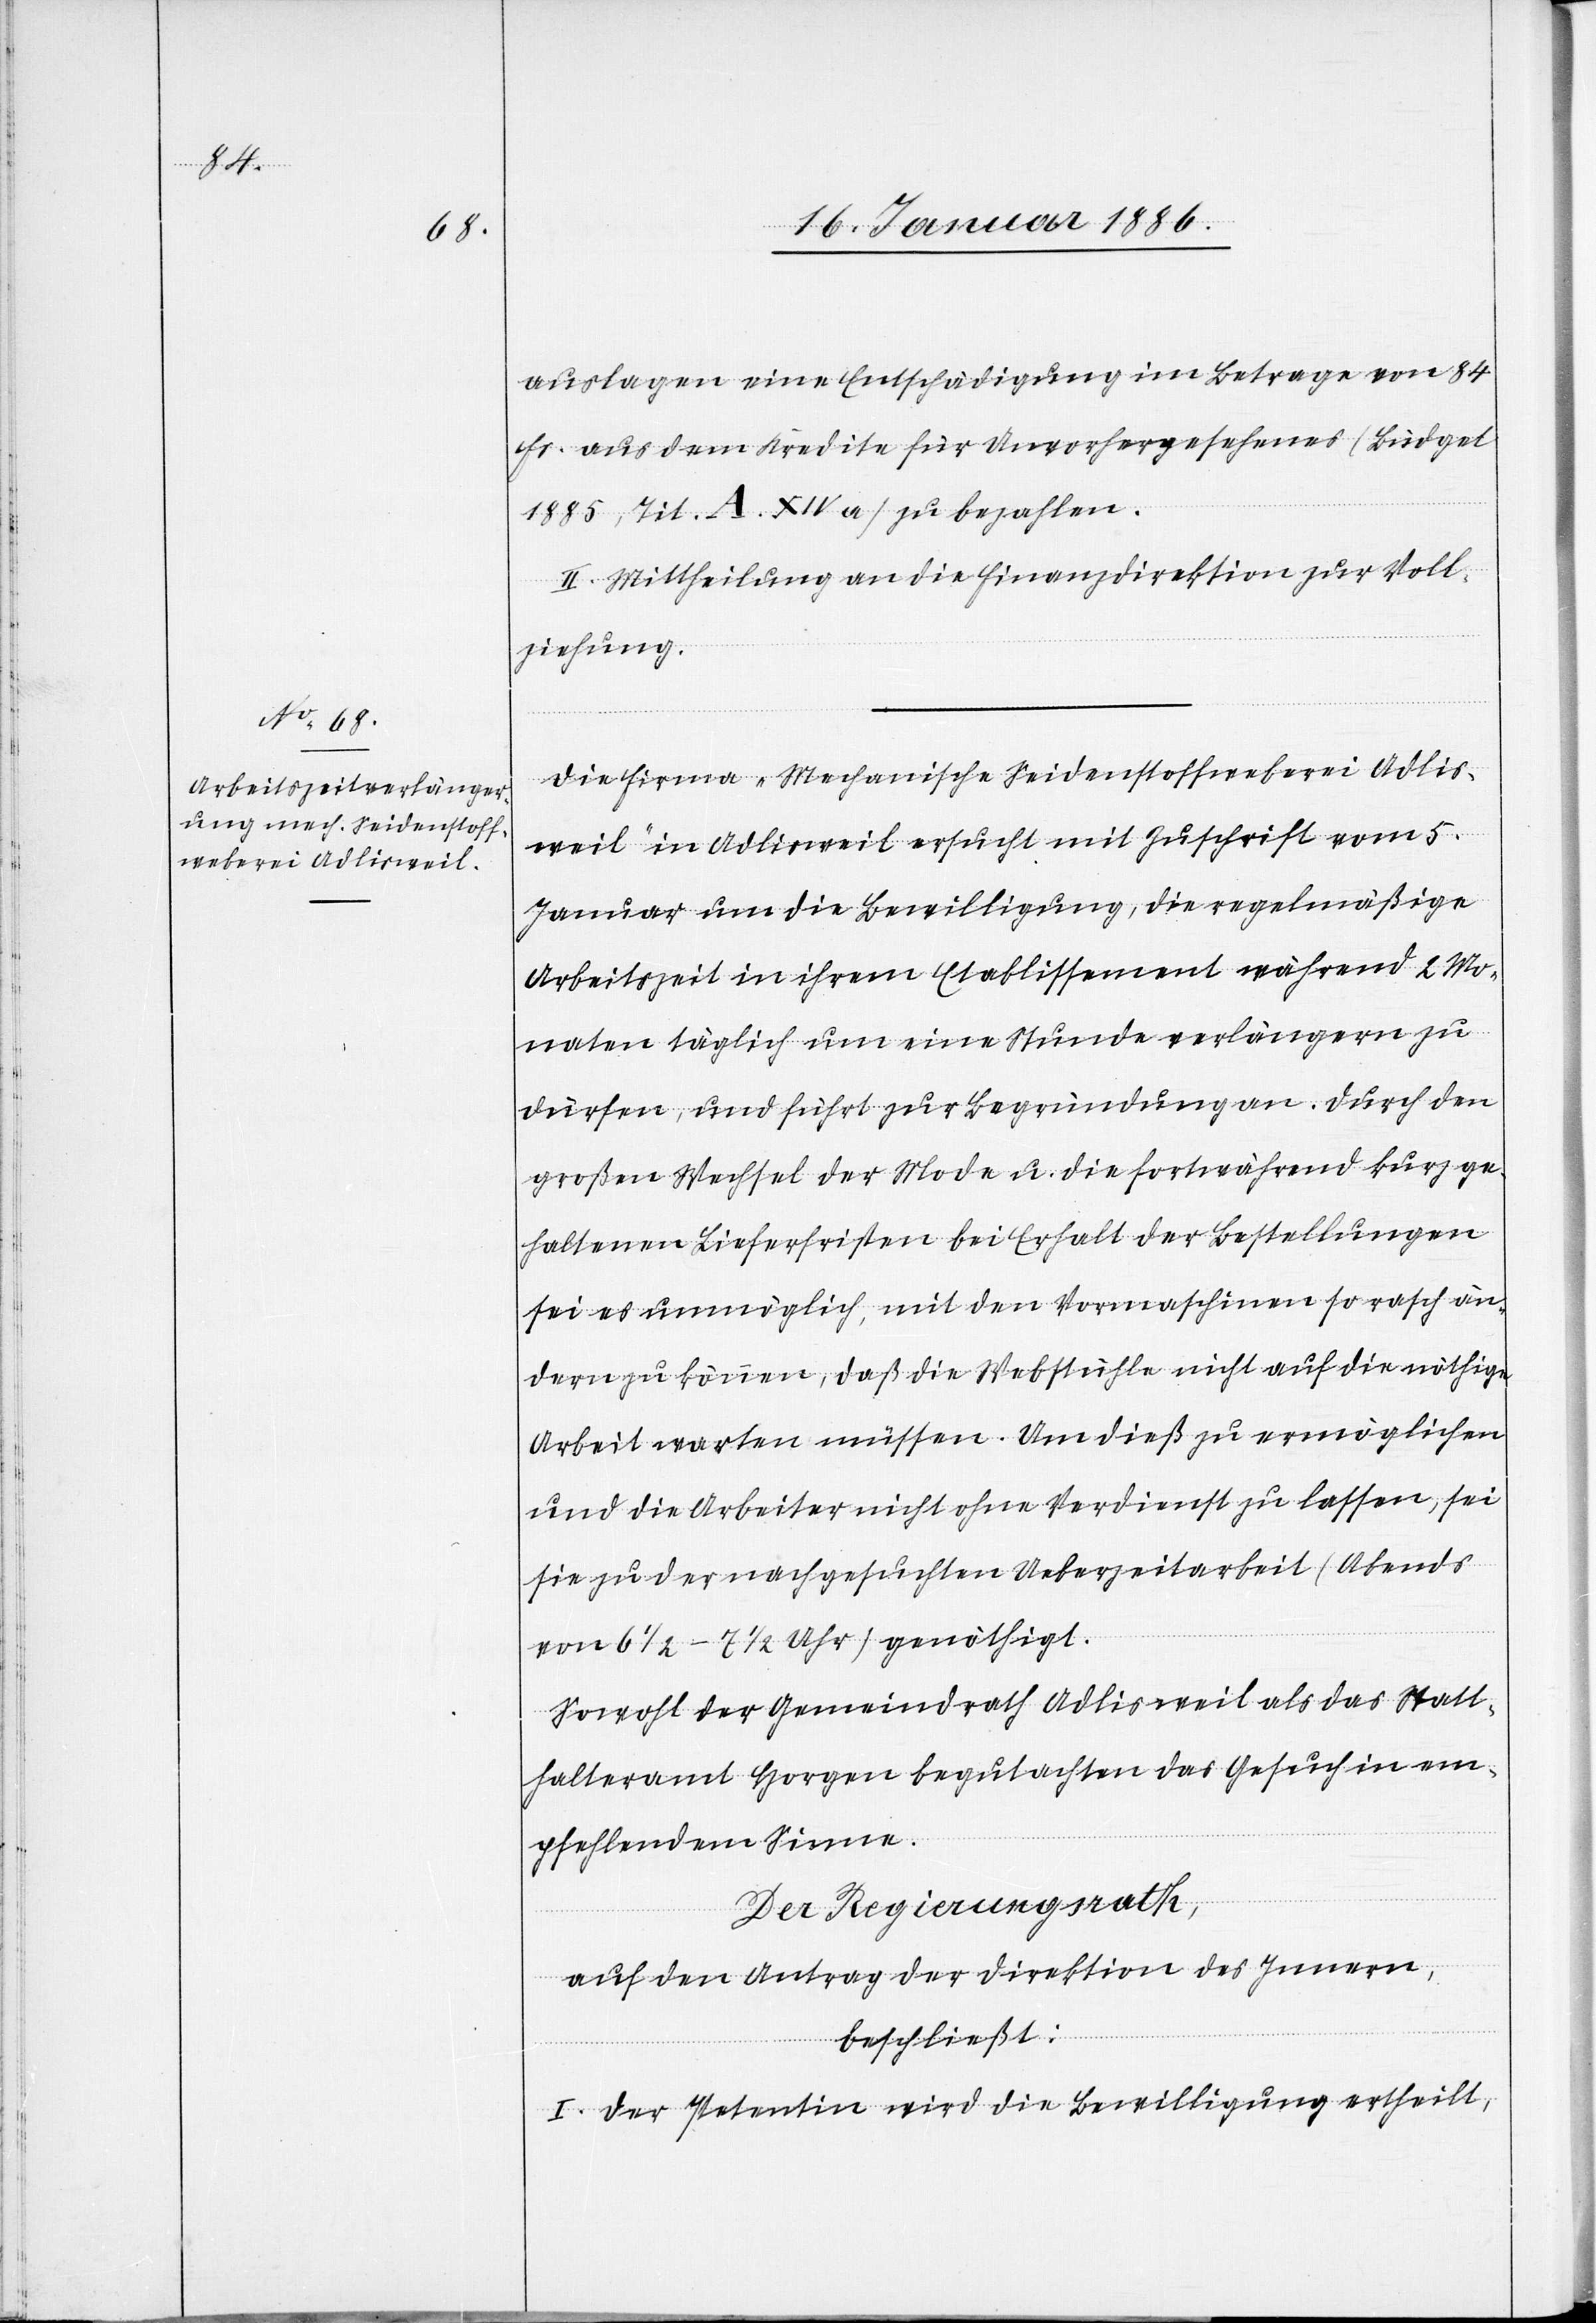
auslagen eine Entschädigung im Betrage von 84
Fr. aus dem Kredite für Unvorhergesehenes /Büdget
1885, Tit. A. XIV a) zu bezahlen.
II. Mittheilung an die Finanzdirektion zur Voll¬
ziehung.
Die Firma „Mechanische Seidenstoffweberei Adlis¬
weil“ in Adlisweil ersucht mit Zuschrift vom 5.
Januar um die Bewilligung, die regelmäßige
Arbeitszeit in ihrem Etablissement während 2 Mo¬
naten täglich um eine Stunde verlängern zu
dürfen, und führt zur Begründung an: Durch den
großen Wechsel der Mode u. die fortwährend kurz ge¬
haltenen Lieferfristen bei Erhalt der Bestellungen
sei es unmöglich, mit den Vormaschinen so rasch än¬
dern zu können, daß die Webstühle nicht auf die nöthige
Arbeit warten müssen. Um dieß zu ermöglichen
und die Arbeiter nicht ohne Verdienst zu lassen, sei
sie zu der nachgesuchten Ueberzeitarbeit (Abends
von 6 1/2–7 1/2 Uhr) genöthigt.
Sowol der Gemeindrath Adlisweil als das Statt¬
halteramt Horgen begutachten das Gesuch in em¬
pfehlendem Sinne.
Der Regierungsrath,
auf den Antrag der Direktion des Innern,
beschließt:
I. Der Petentin wird die Bewilligung ertheilt,